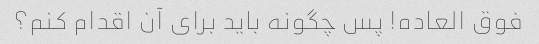
فوق العاده! پس چگونه باید برای آن اقدام کنم؟